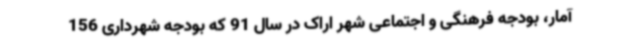
آمار، بودجه فرهنگی و اجتماعی شهر اراک در سال 91 که بودجه شهرداری 156